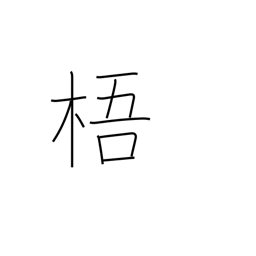
Meaning: Chinese parasol tree